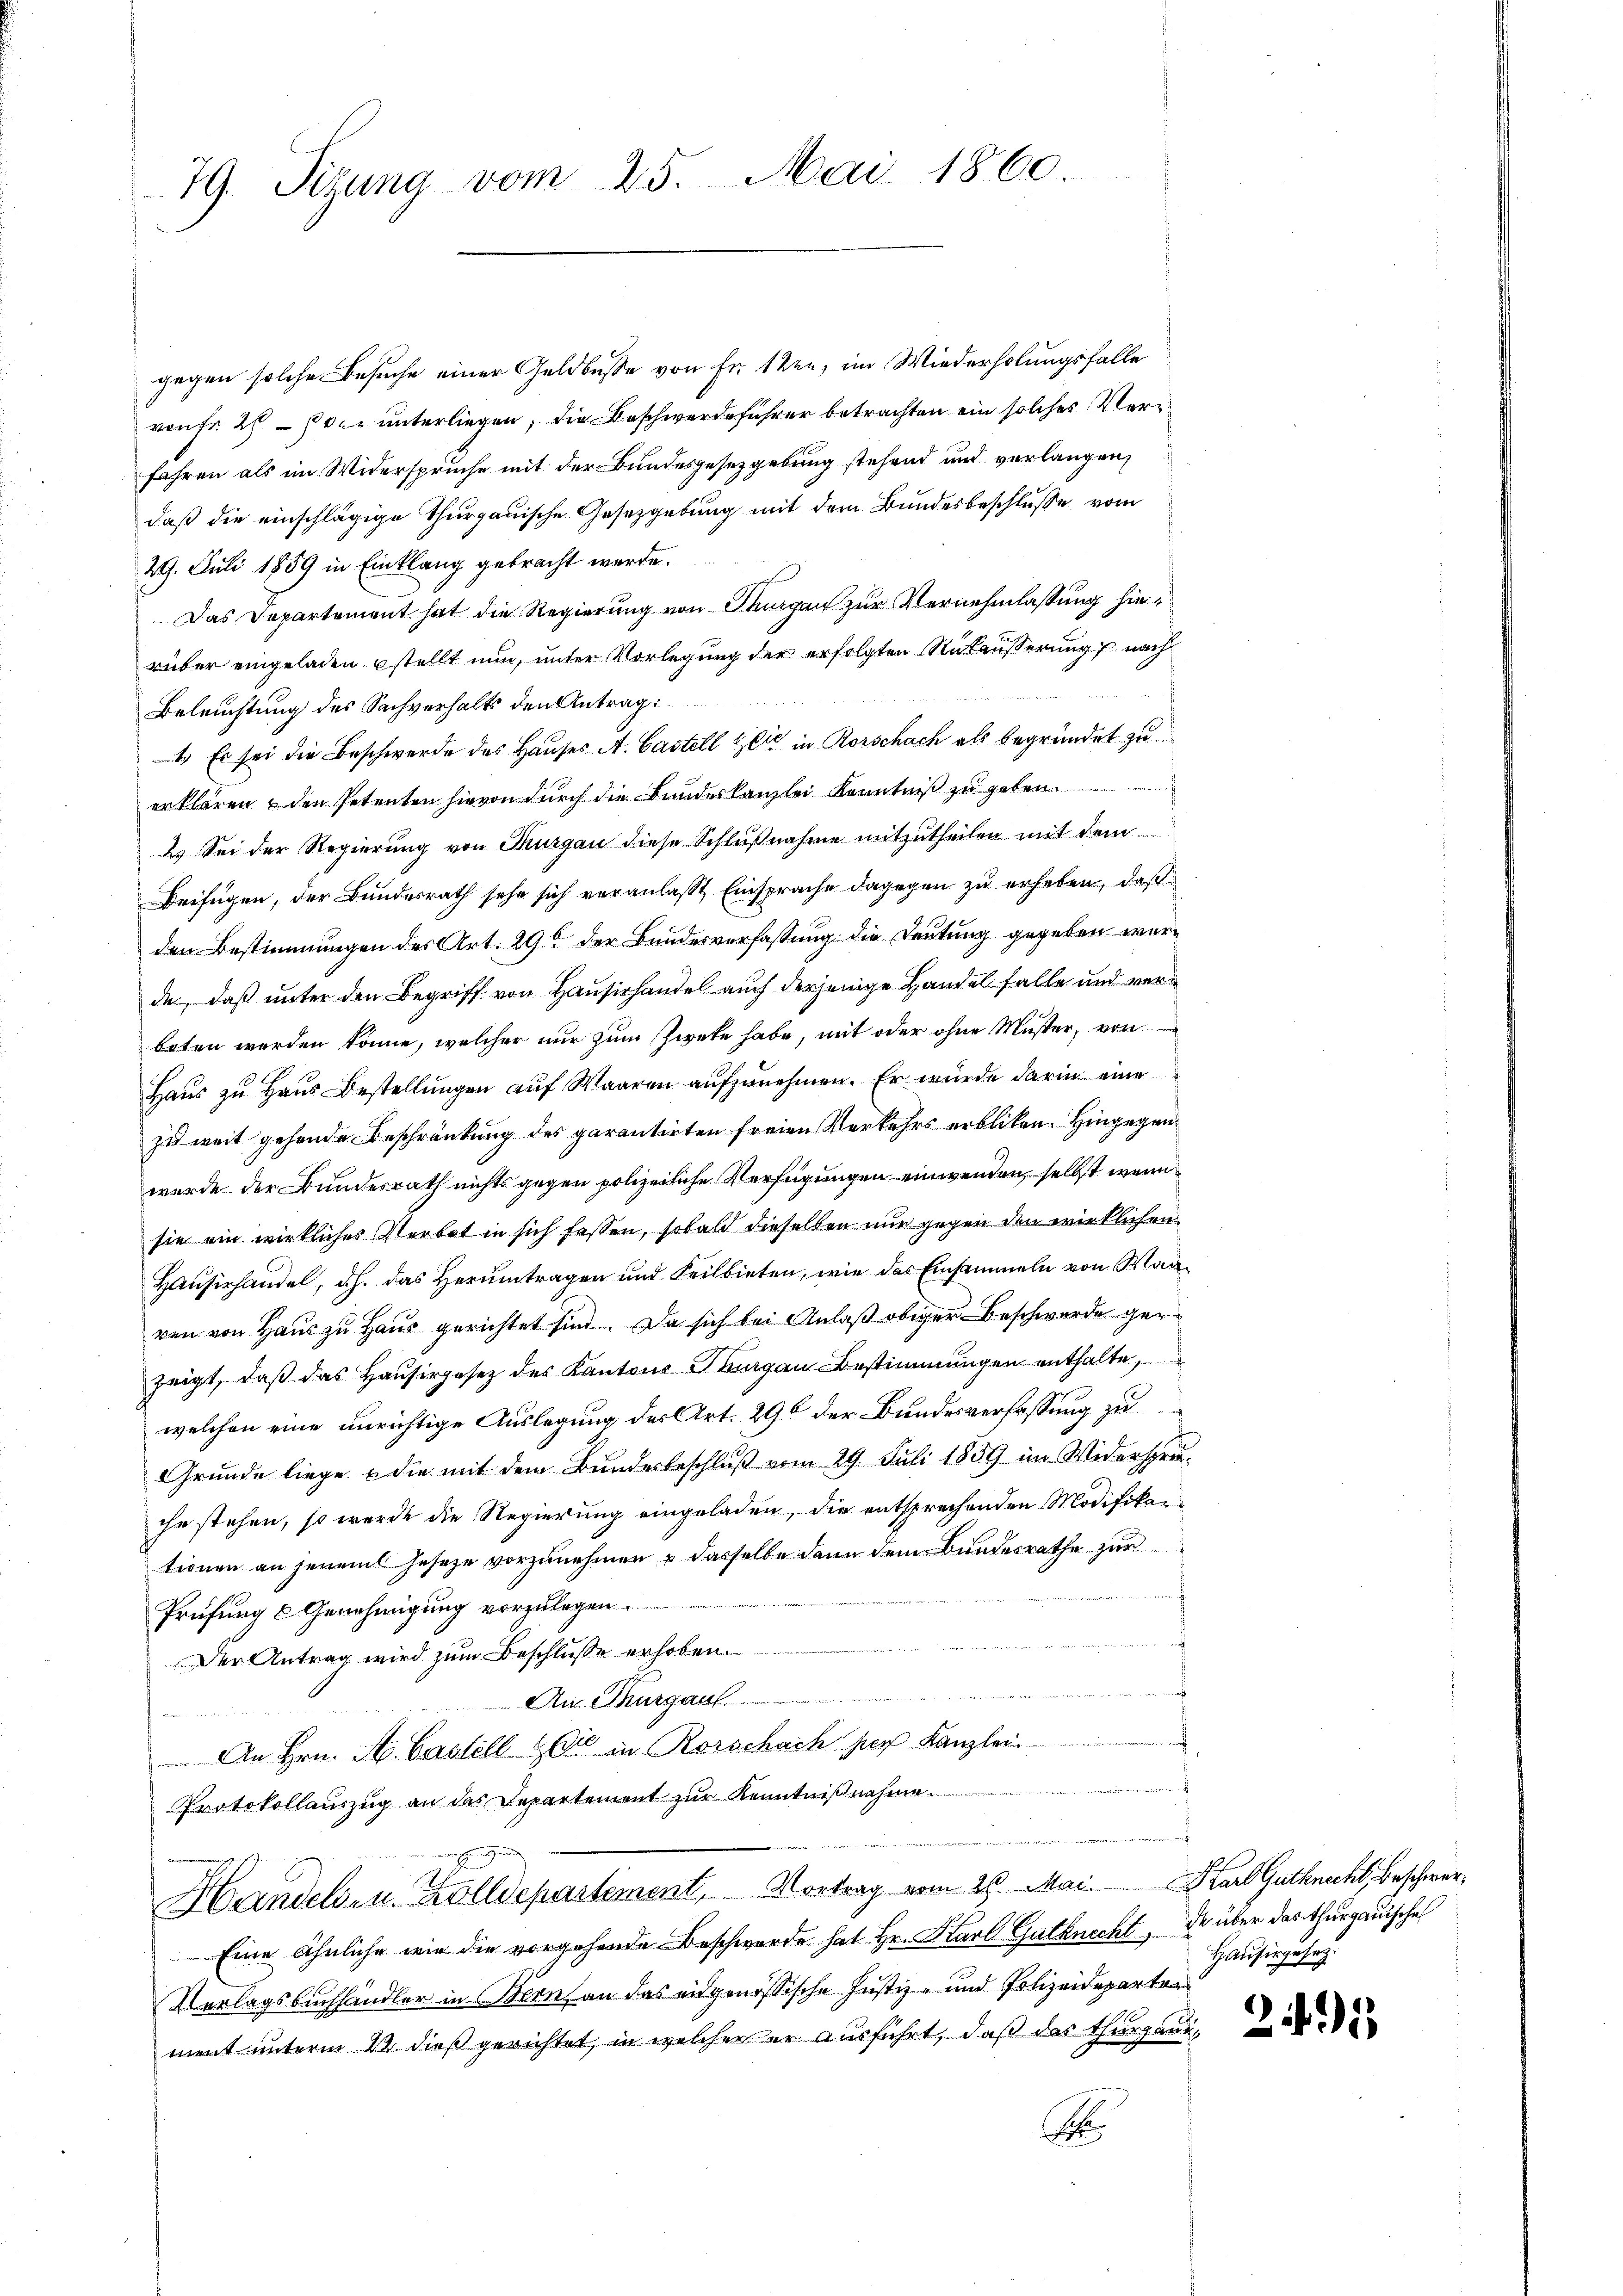
79. Sizung vom 25. Mai 1860

gegen solche Besuche einer Geldbusse von Fr. 1 ten, im Wiederholungsfalle
von fr. 2. 30. unterliegen, die Beschwerdeführer betrachten ein solches Verr
fähren als im Widerspruche mit der Bundesgesetzgebung stehend und vorlangen,
daß die einschlägige Thurgauische Gesetzgebung mit dem Bundesbeschluße vom
29. Juli 1859 in Einklang gebracht werde.
Das Departement hat die Regierung von Thurgau zur Vernehmlassung hierüber eingeladen stellt nun, unter Vorlegung der erfolgten Rutäusserung nach
Beleuchtung des Sachverhalts den Antrag:
1.) Es sei die Beschwerde des Hauses A. Castell Zeit in Rorschach als begründet zu
erklären, den Petenten hievon durch die Bundeskanzlei Kenntniß zu geben.
2. Sei der Regierung von Thurgau diese Schlußnahme mitzutheilen mit dem
Beifügen, der Bundesrath sehe sich veranlaßt, Einsprache dagegen zu erheben, daß
den Bestimmungen des Art. 29 der Bundesverfassung die Leutung gegeben wurde, daß unter den Begriff von Hausirhandel auch derjenige Handel falle und verboten werden könne, welcher nur zum Zwete habe, mit oder ohne Muster, von
Haus zu Haus Bestellungen auf Waaren aufzunehmen. Er würde darin eine
zu weit gehende Beschränkung des garantirten freien Verkehrs erblicken. Hingegenwurde der Bundesrath nichts gegen polizeiliche Verfügungen einwenden, selbst wenn
sie ein wirkliches Verbot in sich fassen, sobald dieselben nur gegen den wirklichen
Hausirhandel, d.h. das Herumtragen und Feilbieten, wie das Einsammeln von Wairen von Haus zu Haus gerichtet sind. Da sich bei Anlaß obiger Beschwerde ger
zeigt, daß das Hausirgesetz des Kantons Thurgau Bestimmungen enthalte,
welchen eine unrichtige Auslegung des Art. 29 der Bundesverfassung zu
Grunde liege & die mit dem Bundesbeschluß vom 29. Juli 1859 im Widerspreche stehen, so werde die Regierung eingeladen, die entsprechenden Modifikationen an jenem Geseze vorzunehmen & dasselbe dann dem Bundesrathe zur
Prüfung & Genehmigung vorzulegen.
Der Antrag wird zum Beschluße erhoben.
An Thurgau.   . . . . . . . . . . . . . . .
 An Hrn. A. Castell & Cie in Rorschach hier Kanzlei

Protokollauszug an das Departement zur Kenntnißnahme.
Handels- u. Zolldepartement, Vortrag vom 26. Mai. Starb Gutknecht, beschwer¬
Eine ähnliche wie die vorgehende Beschwerde hat Hr. Karl Gutknecht, der über das Thurgauische
Verlagsbuchhändler in Blen an das eidgenössische Justiz- und Polizeideparterment unterm 12. dieß gerichtet, in welcher er ausführt, daß das Thurgau,
B

Hausirgesetz.

241